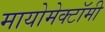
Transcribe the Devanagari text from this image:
मायोमेक्टॉमी